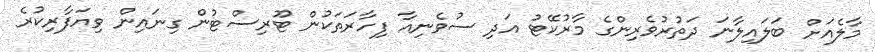
މާލެއަށް ބަލައިލާނަ ދަތުރުވެރިންގެ މާރުކޭޓު އަދި ސުވެނިއާ ފިހާރަތަކުން ޓޫރިސްޓުން ގިނައިން ވިޔަފާރިކުރެ